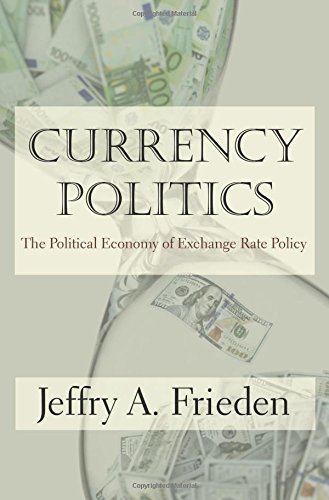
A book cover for Currency Politics: The Political Economy of Exchange Rate Policy; Jeffry A. Frieden; Business & Money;